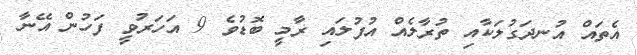
އެތައް އުނދަގުލަކާއި ތުރާލެއް އުފުލައި ރާމީ ބޮޑުވެ 9 އަހަރުވީ ފަހުން އޭނާ